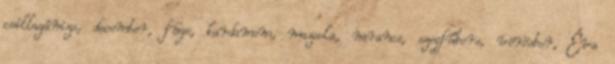
csillagánizs, december, füge, kardamom, mazsola, narancs, szegfűbors, vörösbor, Éva